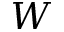
W